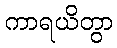
ကာရယိတွာ